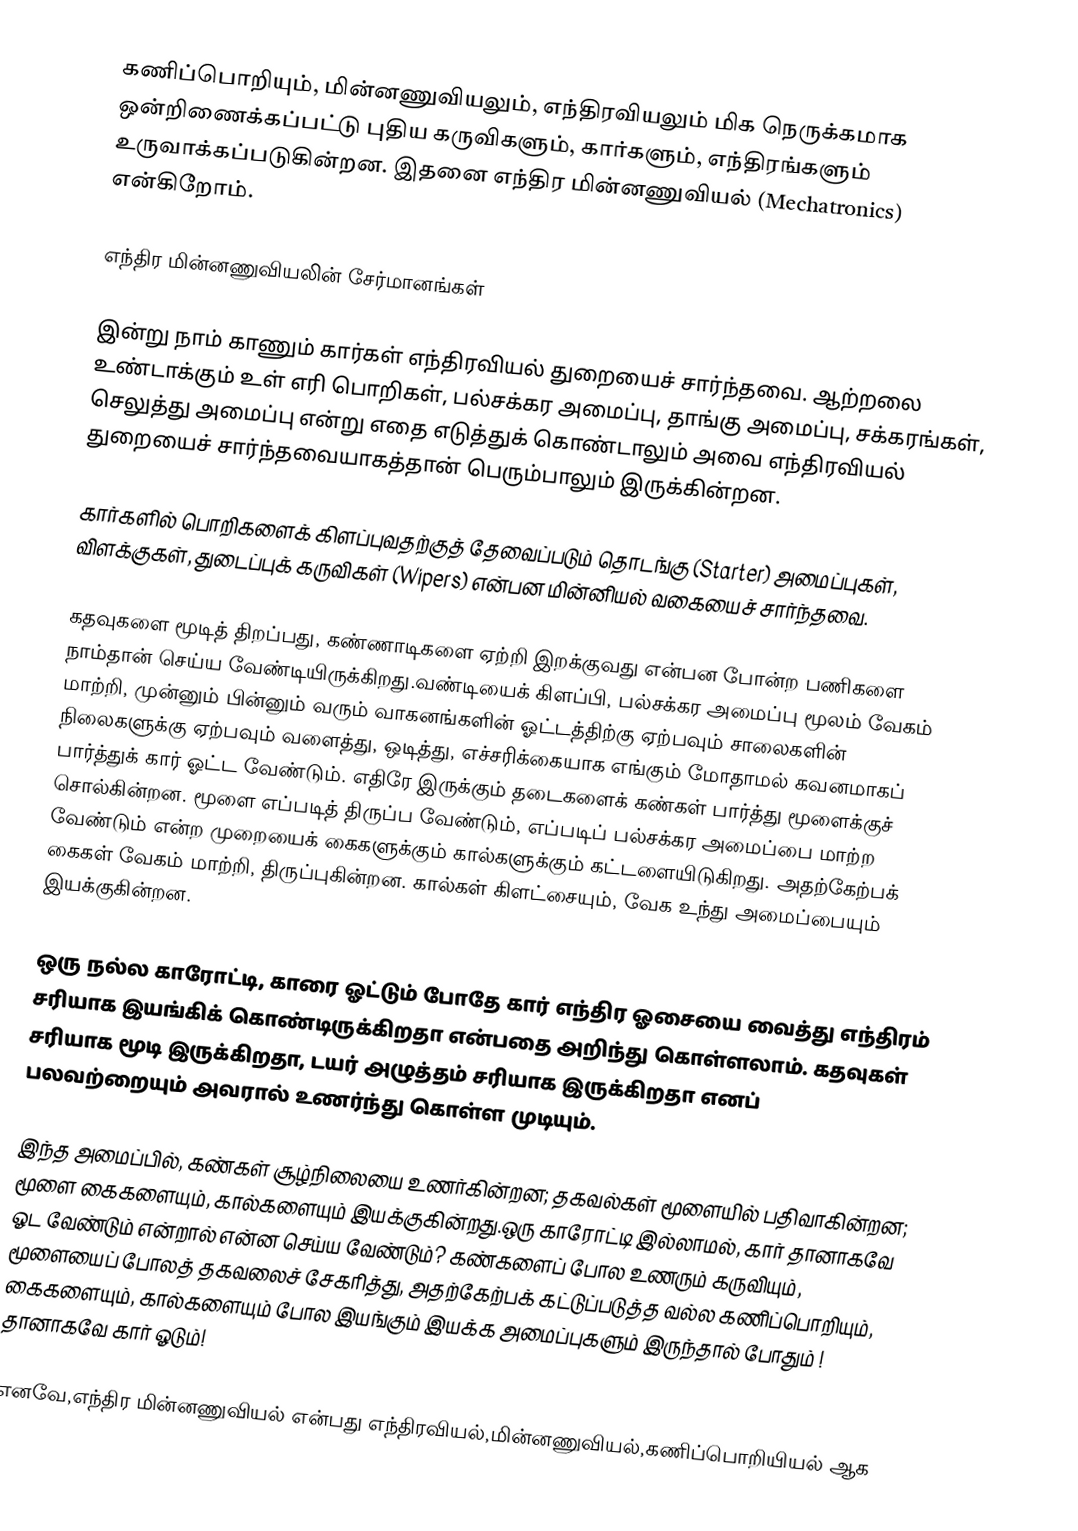
கணிப்பொறியும், மின்னணுவியலும், எந்திரவியலும் மிக நெருக்கமாக ஒன்றிணைக்கப்பட்டு புதிய கருவிகளும், கார்களும், எந்திரங்களும் உருவாக்கப்படுகின்றன. இதனை எந்திர மின்னணுவியல் (Mechatronics) என்கிறோம்.

எந்திர மின்னணுவியலின் சேர்மானங்கள்

இன்று நாம் காணும் கார்கள் எந்திரவியல் துறையைச் சார்ந்தவை. ஆற்றலை உண்டாக்கும் உள் எரி பொறிகள், பல்சக்கர அமைப்பு, தாங்கு அமைப்பு, சக்கரங்கள், செலுத்து அமைப்பு என்று எதை எடுத்துக் கொண்டாலும் அவை எந்திரவியல் துறையைச் சார்ந்தவையாகத்தான் பெரும்பாலும் இருக்கின்றன.

கார்களில் பொறிகளைக் கிளப்புவதற்குத் தேவைப்படும் தொடங்கு (Starter) அமைப்புகள், விளக்குகள், துடைப்புக் கருவிகள் (Wipers) என்பன மின்னியல் வகையைச் சார்ந்தவை.

கதவுகளை மூடித் திறப்பது, கண்ணாடிகளை ஏற்றி இறக்குவது என்பன போன்ற பணிகளை நாம்தான் செய்ய வேண்டியிருக்கிறது.வண்டியைக் கிளப்பி, பல்சக்கர அமைப்பு மூலம் வேகம் மாற்றி, முன்னும் பின்னும் வரும் வாகனங்களின் ஓட்டத்திற்கு ஏற்பவும் சாலைகளின் நிலைகளுக்கு ஏற்பவும் வளைத்து, ஒடித்து, எச்சரிக்கையாக எங்கும் மோதாமல் கவனமாகப் பார்த்துக் கார் ஓட்ட வேண்டும். எதிரே இருக்கும் தடைகளைக் கண்கள் பார்த்து மூளைக்குச் சொல்கின்றன. மூளை எப்படித் திருப்ப வேண்டும், எப்படிப் பல்சக்கர அமைப்பை மாற்ற வேண்டும் என்ற முறையைக் கைகளுக்கும் கால்களுக்கும் கட்டளையிடுகிறது. அதற்கேற்பக் கைகள் வேகம் மாற்றி, திருப்புகின்றன. கால்கள் கிளட்சையும், வேக உந்து அமைப்பையும் இயக்குகின்றன.

ஒரு நல்ல காரோட்டி, காரை ஓட்டும் போதே கார் எந்திர ஓசையை வைத்து எந்திரம் சரியாக இயங்கிக் கொண்டிருக்கிறதா என்பதை அறிந்து கொள்ளலாம். கதவுகள் சரியாக மூடி இருக்கிறதா, டயர் அழுத்தம் சரியாக இருக்கிறதா எனப் பலவற்றையும் அவரால் உணர்ந்து கொள்ள முடியும்.

இந்த அமைப்பில், கண்கள் சூழ்நிலையை உணர்கின்றன; தகவல்கள் மூளையில் பதிவாகின்றன; மூளை கைகளையும், கால்களையும் இயக்குகின்றது.ஒரு காரோட்டி இல்லாமல், கார் தானாகவே ஓட வேண்டும் என்றால் என்ன செய்ய வேண்டும்? கண்களைப் போல உணரும் கருவியும், மூளையைப் போலத் தகவலைச் சேகரித்து, அதற்கேற்பக் கட்டுப்படுத்த வல்ல கணிப்பொறியும், கைகளையும், கால்களையும் போல இயங்கும் இயக்க அமைப்புகளும் இருந்தால் போதும் ! தானாகவே கார் ஓடும்!

எனவே,எந்திர மின்னணுவியல் என்பது எந்திரவியல்,மின்னணுவியல்,கணிப்பொறியியல் ஆக